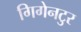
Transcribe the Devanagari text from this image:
गिगेनटुर